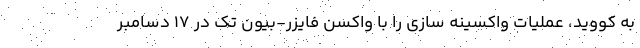
به کووید، عملیات واکسینه سازی را با واکسن فایزر-بیون تک در ۱۷ دسامبر